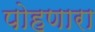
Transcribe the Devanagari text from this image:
पोहणारा